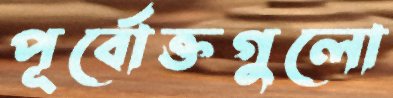
পূর্বোক্তগুলো